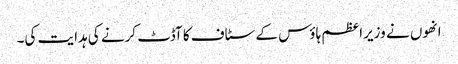
انھوں نے وزیراعظم ہاؤس کے سٹاف کا آڈٹ کرنے کی ہدایت کی۔